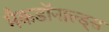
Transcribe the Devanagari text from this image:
मैकडॉनाल्ड्स